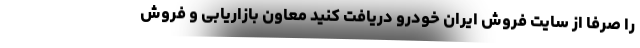
را صرفا از سایت فروش ایران خودرو دریافت کنید معاون بازاریابی و فروش